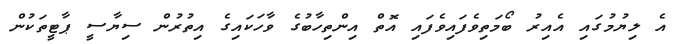
އެ ލިޔުމުގައި އެއިރު ބޯމަތިވެފައިވެފައި އޮތް އިންތިހާބުގެ ވާހަކައިގެ އިތުރުން ސިޔާސީ ޕާޓީތަކުން